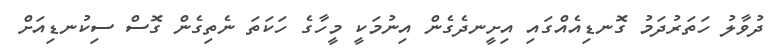
ދުވާލު ހަތަރުދަމު ގޮނޑިއެއްގައި އިށީނދެގެން އިނުމަކީ މީހާގެ ހަކަތަ ނެތިގެން ގޮސް ސިކުނޑިއަށް